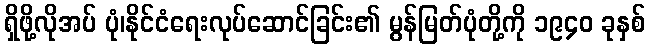
ရှိဖို့လိုအပ် ပုံ၊နိုင်ငံရေးလုပ်ဆောင်ခြင်း၏ မွန်မြတ်ပုံတို့ကို ၁၉၄၀ ခုနှစ်